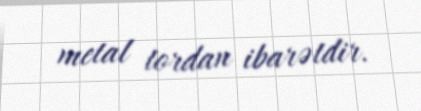
metal tordan ibarətdir.